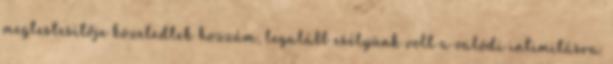
megtestesítője közeledtek hozzám, legalább esélyünk volt a valódi intimitásra.